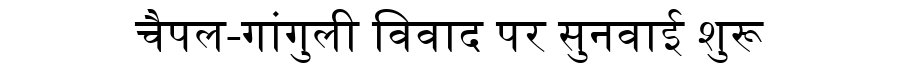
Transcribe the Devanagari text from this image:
चैपल-गांगुली विवाद पर सुनवाई शुरू